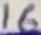
Text: 16